Civil Veterinary Department. Central Provinces & Berar 1932-41 - 1932-1941
Year: 1932
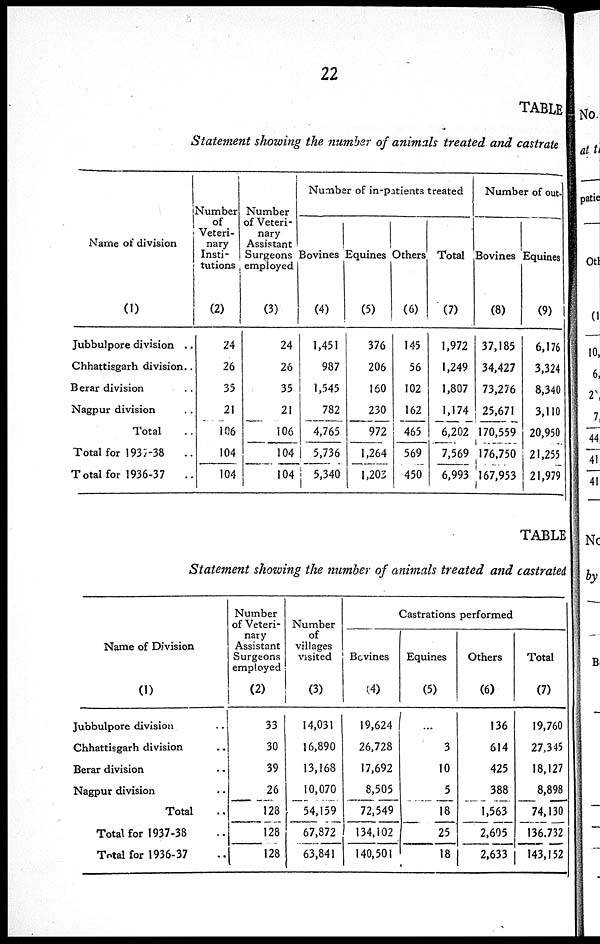
22
TABLE
Statement showing the number of animals treated and castrate
Name of division
(1)
Jubbulpore division ..
Chhattisgarh division..
Berar division ..
Nagpur division ..
Total ..
Total for 1937-38 ..
Total for 1936-37
..
Number
of
Veteri-
nary
Insti-
tutions
(2)
24
26
35
21
106
104
104
Number
of Veteri-
nary
Assistant
Surgeons
employed
(3)
24
26
35
21
106
104
104
Number of in-patients treated
Bovines
(4)
1,451
987
1,545
782
4,765
5,736
5,340
Equines
(5)
376
206
160
230
972
1,264
1,203
Others
(6)
145
56
102
162
465
569
450
Total
(7)
1,972
1,249
1,807
1,174
6,202
7,569
6,993
Number of out-
Bovines
(8)
37,185
34,427
73,276
25,671
170,559
176,750
167,953
Equines
(9)
6,176
3,324
8,340
3,110
20,950
21,255
21,979
TABLE
Statement showing the number of animals treated and castrated
Name of Division
(1)
Jubbulpore division ..
Chhattisgarh division ..
Berar division ..
Nagpur division ..
Total ..
Total for 1937-38 ..
Total for 1936-37 ..
Number
of Veteri-
nary
Assistant
Surgeons
employed
(2)
33
30
39
26
128
128
128
Number
of
villages
visited
(3)
14,031
16,890
13,168
10,070
54,159
67,872
63,841
Castrations performed
Bovines
(4)
19,624
26,728
17,692
8,505
72,549
134,102
140,501
Equines
(5)
...
3
10
5
18
25
18
Others
(6)
136
614
425
388
1,563
2,605
2,633
Total
(7)
19,760
27,345
18,127
8,898
74,130
136,732
143,152